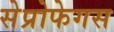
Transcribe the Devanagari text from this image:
सेप्रोफेगस